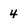
Character: 4